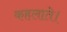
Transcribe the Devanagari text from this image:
कहलाते।